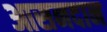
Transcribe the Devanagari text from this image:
आसनदान